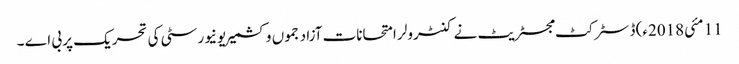
11 مئی2018ء) ڈسٹر کٹ مجسٹریٹ نے کنٹرولر امتحانات آزاد جموں وکشمیر یونیورسٹی کی تحریک پر بی اے ۔